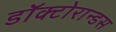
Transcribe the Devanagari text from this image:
डॉक्टोरान्डस